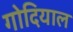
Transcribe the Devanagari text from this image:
गोदियाल